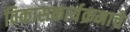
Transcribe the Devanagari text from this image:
विकासकार्यक्रमाचे